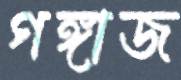
গঙ্গাজ